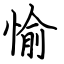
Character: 愉